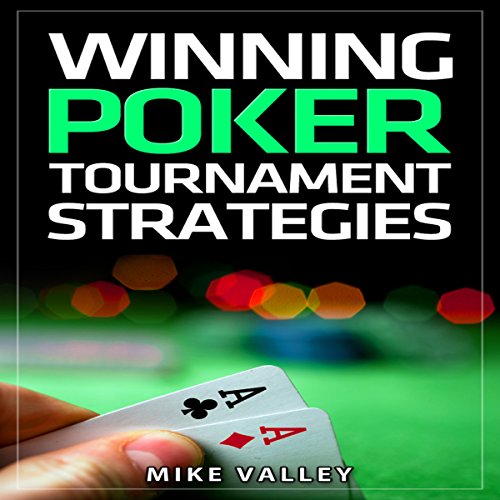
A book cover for Winning Poker: Tournament Strategies; Mike Valley; Humor & Entertainment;